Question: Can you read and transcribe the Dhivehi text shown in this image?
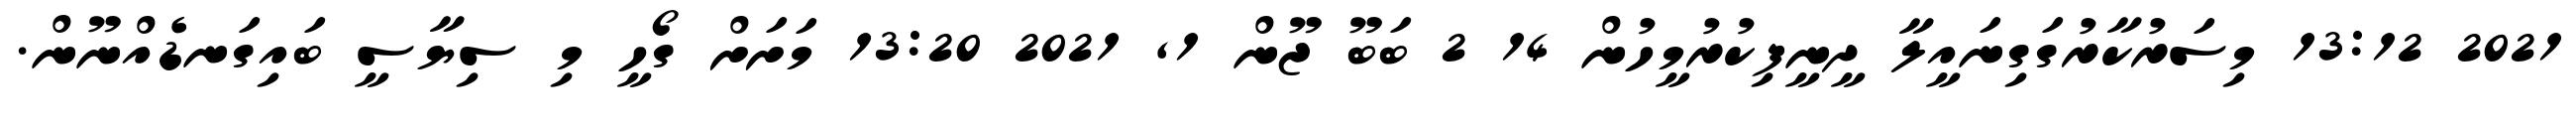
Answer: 2021 13:12 މިސަރުކާރުގަގިނައީލާ ދީނީފިކުރުމީހުން 14 2 ބަބޫ ޖޫން 1, 2021 13:20 މަށަށް ގޯހީ މި ސިޔާސީ ބައިގަނޑެއްނޫން.